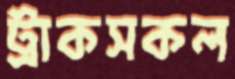
ট্রাকসকল